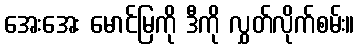
အေးအေး မောင်မြကို ဒီကို လွှတ်လိုက်စမ်း။